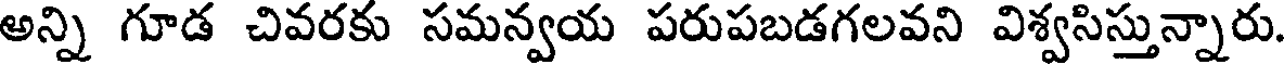
అన్ని గూడ చివరకు సమన్వయ పరుపబడగలవని విశ్వసిస్తున్నారు.